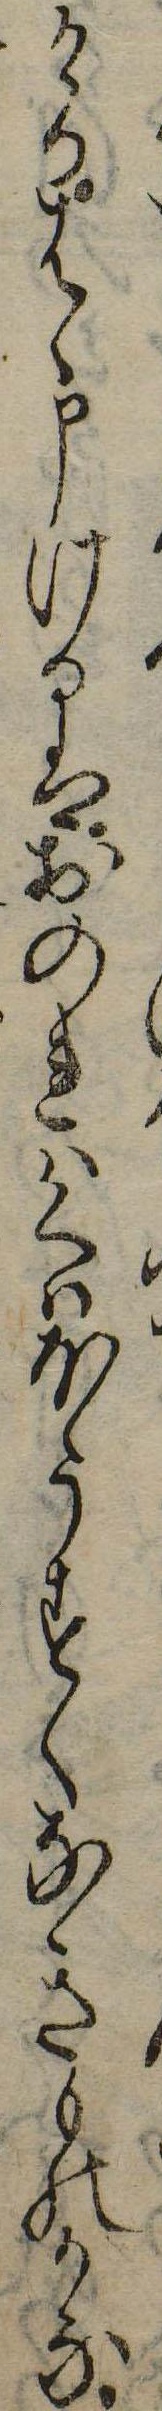
けりはゝ申けるはおのれはくはほうすくなきものかな